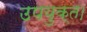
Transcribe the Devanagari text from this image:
उपयुक्त।